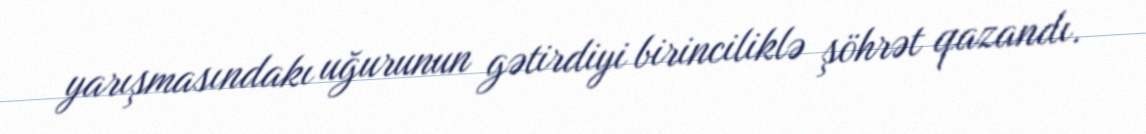
yarışmasındakı uğurunun gətirdiyi birinciliklə şöhrət qazandı.